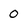
Character: 0